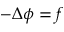
- \Delta \phi = f